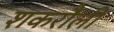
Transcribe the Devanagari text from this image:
शकरौली